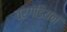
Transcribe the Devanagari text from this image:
वरगंडियन